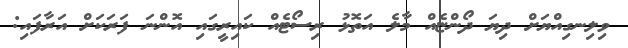
ވިލިނގިއްޔަށް ދިޔަ ދޯންޏެއް މާލެ އަތޮޅު ރިސޯޓެއް ކައިރީގައި އޮންނަ ފަރަކަށް އަރާފައި: